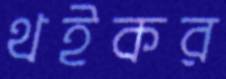
থইকর